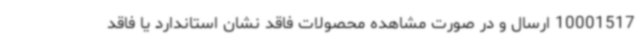
10001517 ارسال و در صورت مشاهده محصولات فاقد نشان استاندارد یا فاقد